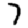
Digit: 7